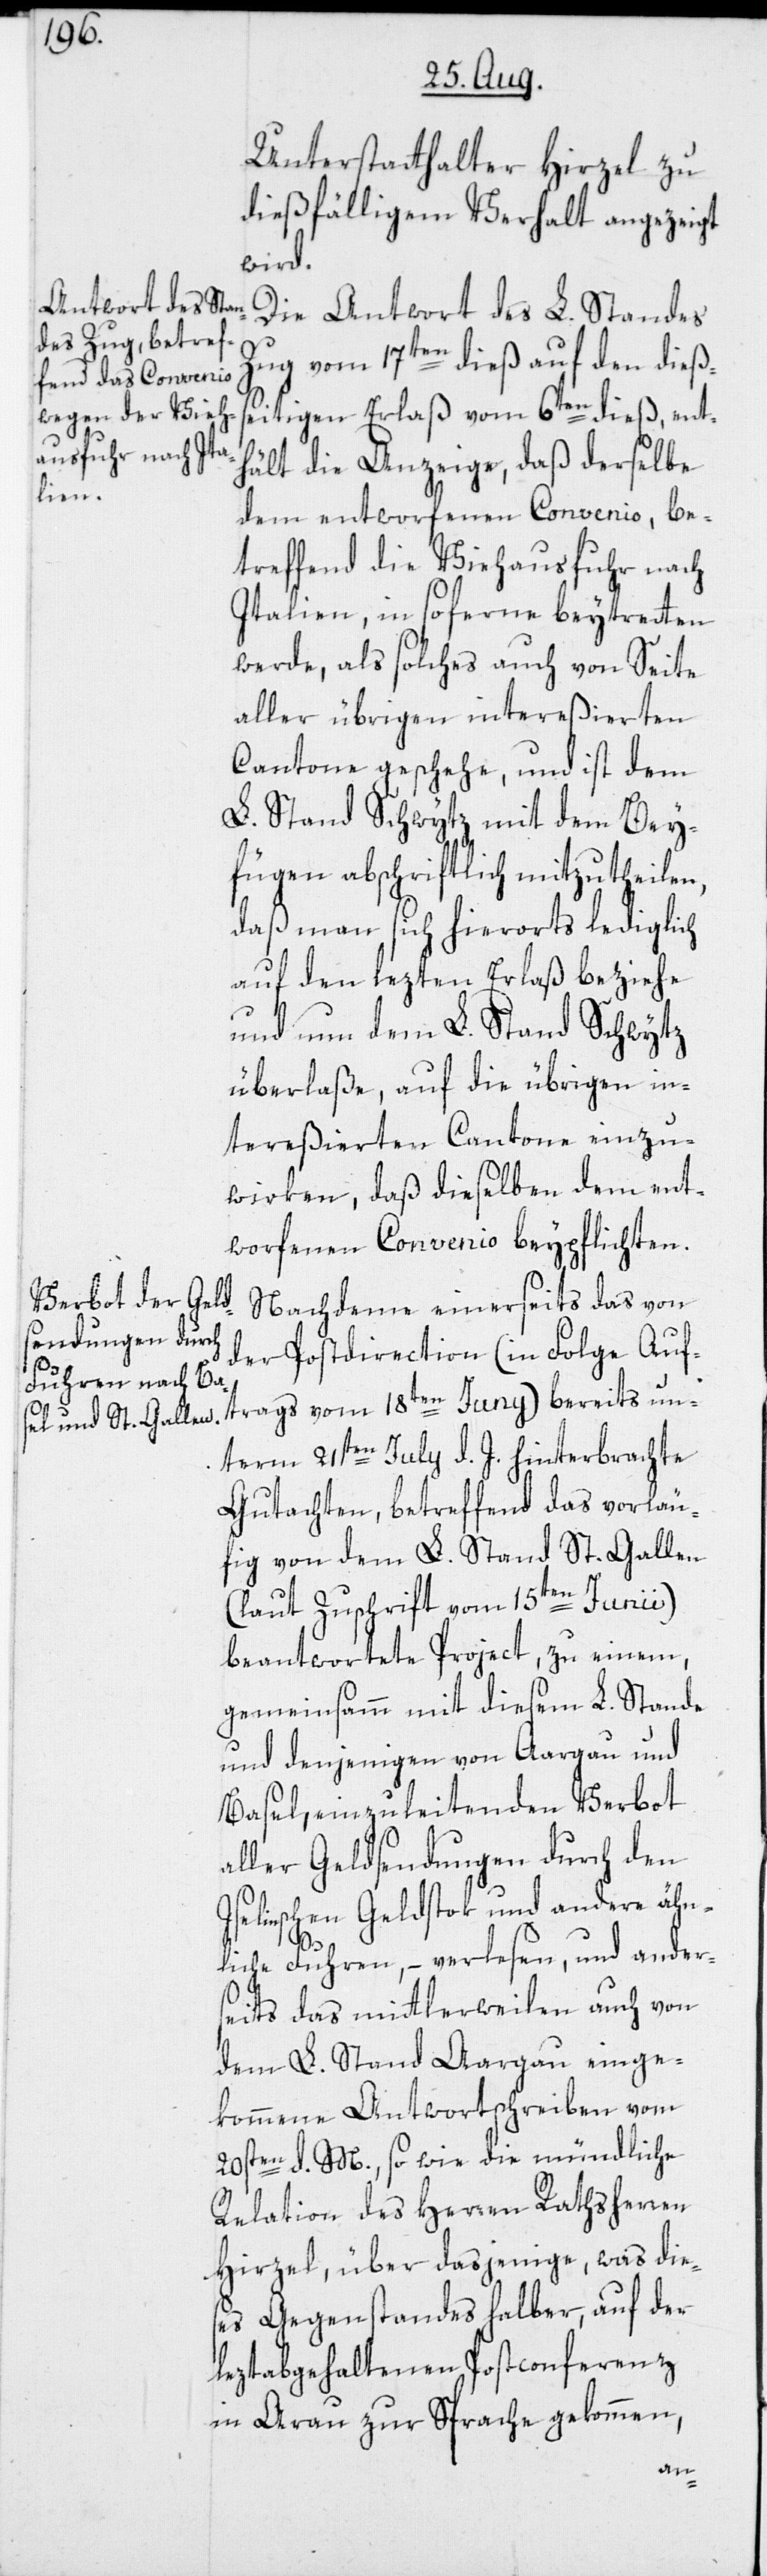
Unterstatthalter Hirzel zu
dießfälligem Verhalt angezeigt
wird.
Die Antwort des L. Standes
Zug vom 17ten dieß auf den dießs¬
eitigen Erlass vom 6ten dieß, ent¬
hält die Anzeige, daß derselbe
dem entworfenen Convenio, be¬
treffend die Viehausfuhr nach
Italien, in soferne beytretten
werde, als solches auch von Seite
aller übrigen intereßierten
Cantone geschehe, und ist dem
L. Stand Schwytz mit dem Bey¬
fügen abschriftlich mitzutheilen,
daß man sich hierorts lediglich
auf den lezten Erlaß beziehe
und nun dem L. Stand Schwytz
überlaße, auf die übrigen in¬
tereßierten Cantone einzu¬
wirken, daß dieselben dem ent¬
worfenen Convenio beypflichten.
Nachdeme einerseits das von
der Postdirection (in Folge Auf¬
trags vom 18ten Juny) bereits un¬
term 21sten July d. J. hinterbrachte
Gutachten, betreffend das vorläu¬
fig von dem L. Stand St. Gallen
(laut Zuschrift vom 15ten Junii)
beantwortete Project, zu einem,
gemeinsamm mit diesem L. Stande
und denjenigen von Aargau und
Basel, einzuleitenden Verbot
aller Geldsendungen durch den
Iselinschen Geldstok und andere ähn¬
liche Fuhren, – verlesen, und anders¬
eits das mittlerweilen auch von
dem L. Stand Aargau einge¬
kommene Antwortschreiben vom
20sten d. M., sowie die mündliche
Relation des Herren Rathsherren
Hirzel, über dasjenige, was die¬
ses Gegenstandes halber, auf der
leztabgehaltenen Postconferenz
in Arau zur Sprache gekommen,